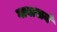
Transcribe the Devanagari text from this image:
गावासनं